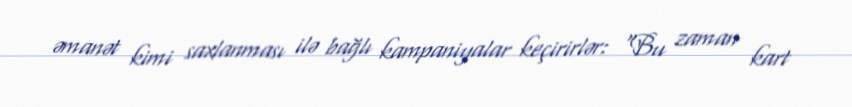
əmanət kimi saxlanması ilə bağlı kampaniyalar keçirirlər: “Bu zaman kart